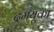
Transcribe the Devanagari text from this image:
द्रमयूका